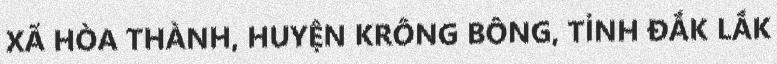
XÃ HÒA THÀNH, HUYỆN KRÔNG BÔNG, TỈNH ĐẮK LẮK